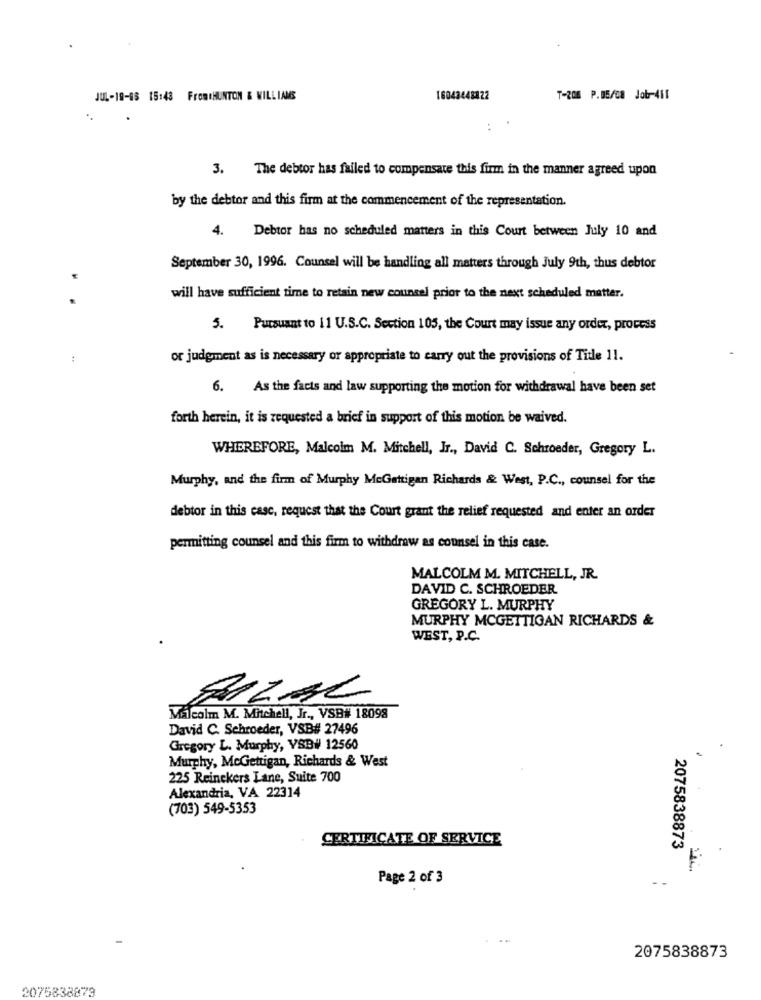
JUL-19-08 15:48 FromeHUNTON & WILLIAMS
16043448422
T-208 P.B5/08 Job-411
3. The debtor has failed to compensate this firm in the manner agreed upon
by the debtor and this firm at the commencement of the representation.
4. Debtor has no scheduled matters in this Court between July 10 and
September 30, 1996. Counsel will be handling all matters through July 9th, thus debtor
will have sufficient time to retain new counsel prior to the next scheduled matter.
5. Pursuant to 11 U.S.C. Section 105, the Court may issue any order, process
or judgment as is necessary or appropriate to carry out the provisions of Title 11.
6. As the facts and law supporting the motion for withdrawal have been set
forth herein, it is requested a brief in support of this motion be waived.
WHEREFORE, Malcolm M. Mitchell, Jr ., David C. Schroeder, Gregory L.
Murphy, and the firm of Murphy MeGettigan Richards & West, P.C ., counsel for the
debtor in this case, request that the Court grant the relief requested and enter an order
permitting counsel and this firm to withdraw as counsel in this case.
MALCOLM M. MITCHELL, JR.
DAVID C. SCHROEDER
GREGORY L. MURPHY
MURPHY MCGETTIGAN RICHARDS &
WEST, P.C.
BIZAL
Malcolm M. Mitchell, Jr ., VSB# 18098
David C. Schroeder, VSB# 27496
Gregory L. Murphy, VSB# 12560
Murphy, McGettigan, Richards & West
225 Reinckers Lane, Suite 700
Alexandria, VA 22314
(703) 549-5353
CERTIFICATE OF SERVICE
2075838873
Page 2 of 3
2075838873
2075838873